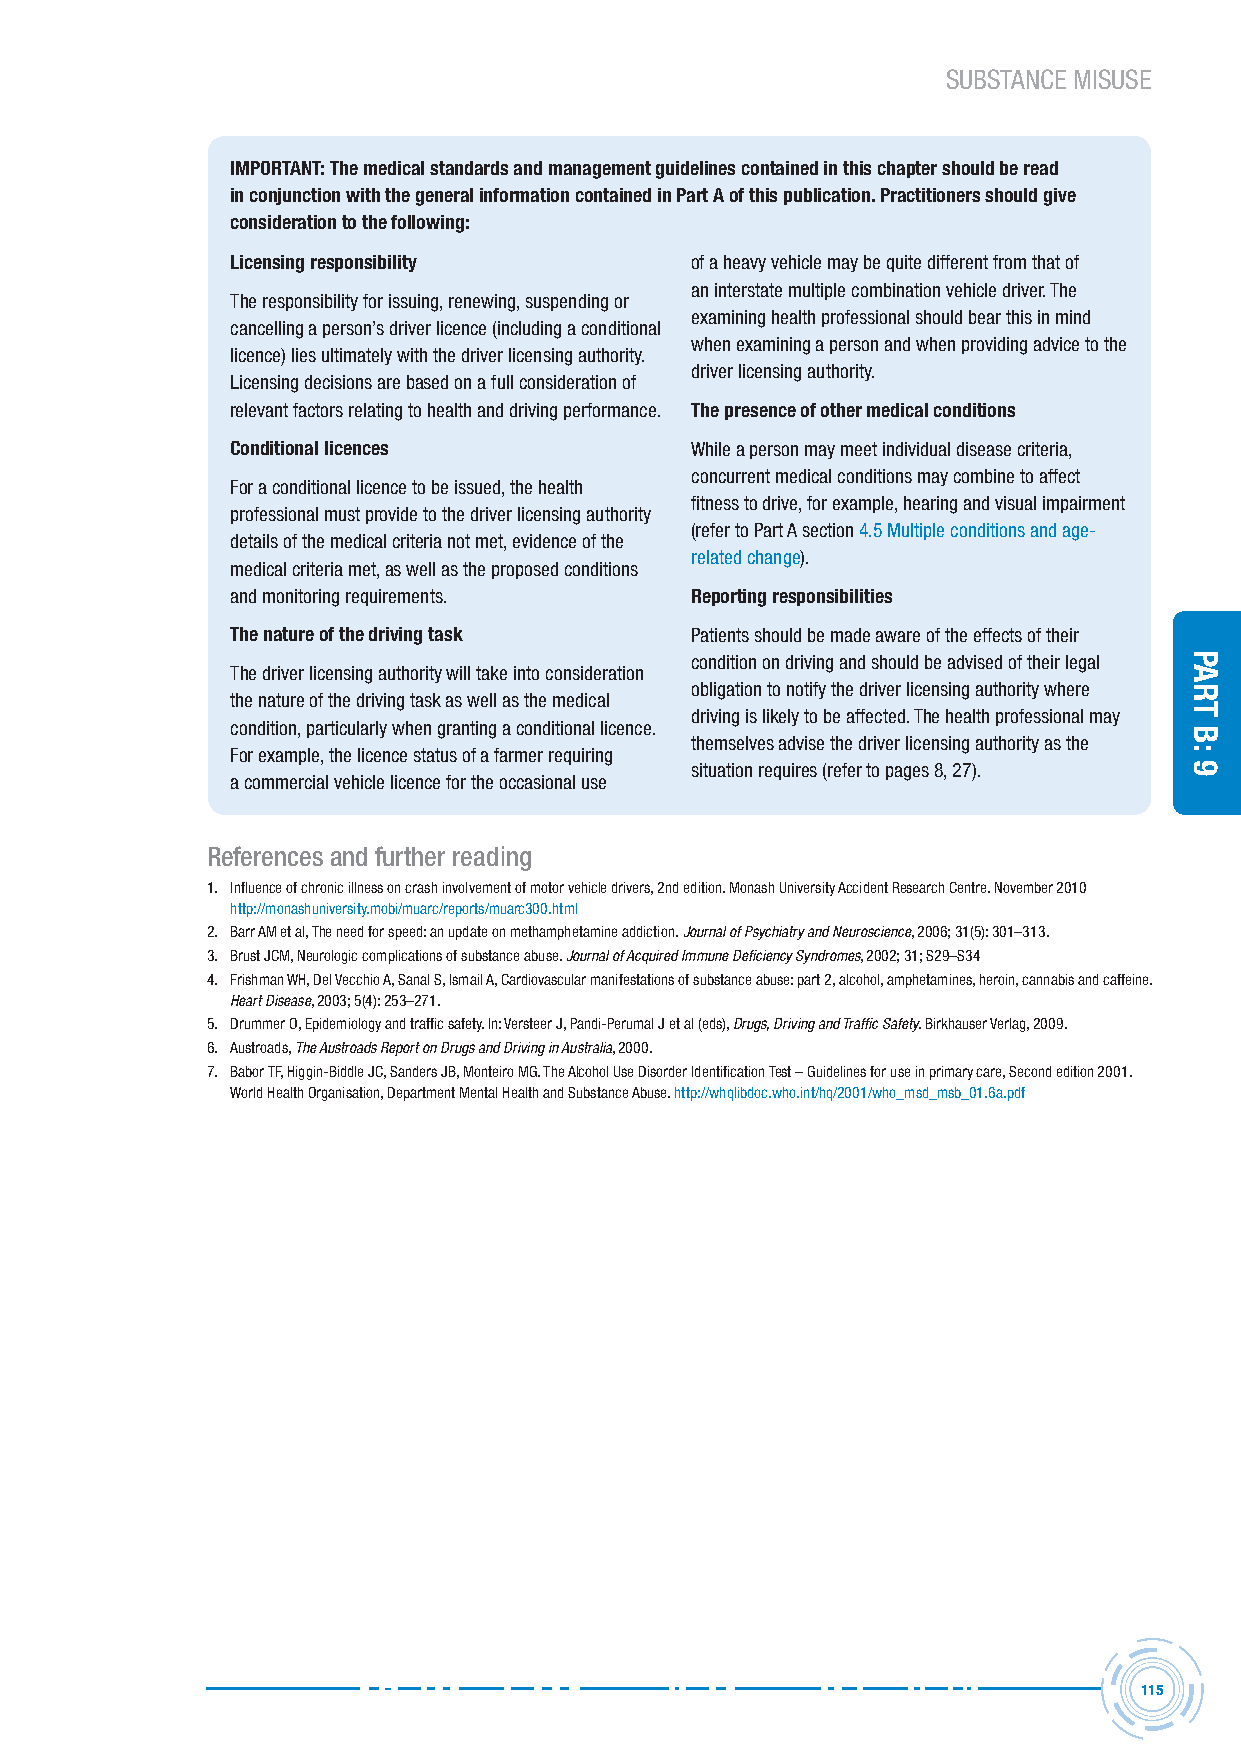
SUBSTANCE MISUSE
 IMPORTANT: The medical standards and management guidelines contained in this chapter should be read
 in conjunction with the general information contained in Part A of this publication. Practitioners should give
 consideration to the following:
 Licensing responsibility       of a heavy vehicle may be quite different from that of
 an interstate multiple combination vehicle driver. the
 the responsibility for issuing, renewing, suspending or
 examining health professional should bear this in mind
 cancelling a person’s driver licence (including a conditional
 when examining a person and when providing advice to the
 licence) lies ultimately with the driver licensing authority.
 driver licensing authority.
 licensing decisions are based on a full consideration of
 relevant factors relating to health and driving performance. The presence of other medical conditions
 Conditional licences           While a person may meet individual disease criteria,
 concurrent medical conditions may combine to affect
 for a conditional licence to be issued, the health
 fitness to drive, for example, hearing and visual impairment
 professional must provide to the driver licensing authority
 (refer to Part a section 4.5 multiple conditions and age-
 details of the medical criteria not met, evidence of the
 related change).
 medical criteria met, as well as the proposed conditions
 and monitoring requirements.   Reporting responsibilities
 The nature of the driving task Patients should be made aware of the effects of their
 condition on driving and should be advised of their legal
 the driver licensing authority will take into consideration
 obligation to notify the driver licensing authority where
 the nature of the driving task as well as the medical
 driving is likely to be affected. the health professional may
 condition, particularly when granting a conditional licence.
 themselves advise the driver licensing authority as the
 for example, the licence status of a farmer requiring
 situation requires (refer to pages 8, 27).
 a commercial vehicle licence for the occasional use
 references and further reading
 1. Influence of chronic illness on crash involvement of motor vehicle drivers, 2nd edition. monash University accident research Centre. november 2010
 http://monashuniversity.mobi/muarc/reports/muarc300.html
 2. Barr am et al, the need for speed: an update on methamphetamine addiction. Journal of Psychiatry and Neuroscience, 2006; 31(5): 301–313.
 3. Brust JCm, neurologic complications of substance abuse. Journal of Acquired Immune Deficiency Syndromes, 2002; 31; S29–S34
 4. frishman WH, Del Vecchio a, Sanal S, Ismail a, Cardiovascular manifestations of substance abuse: part 2, alcohol, amphetamines, heroin, cannabis and caffeine.
 Heart Disease, 2003; 5(4): 253–271.
 5. Drummer o, epidemiology and traffic safety. In: Versteer J, Pandi-Perumal J et al (eds), Drugs, Driving and Traffic Safety. Birkhauser Verlag, 2009.
 6. austroads, The Austroads Report on Drugs and Driving in Australia, 2000.
 7. Babor tf, Higgin-Biddle JC, Sanders JB, monteiro mG. the alcohol Use Disorder Identification test – Guidelines for use in primary care, Second edition 2001.
 World Health organisation, Department mental Health and Substance abuse. http://whqlibdoc.who.int/hq/2001/who_msd_msb_01.6a.pdf
 115
 Part
 B:
 9